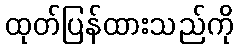
ထုတ်ပြန်ထားသည်ကို